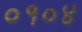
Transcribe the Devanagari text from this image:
०१०४